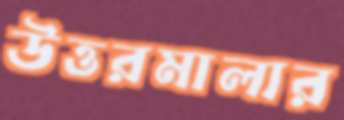
উত্তরমালার